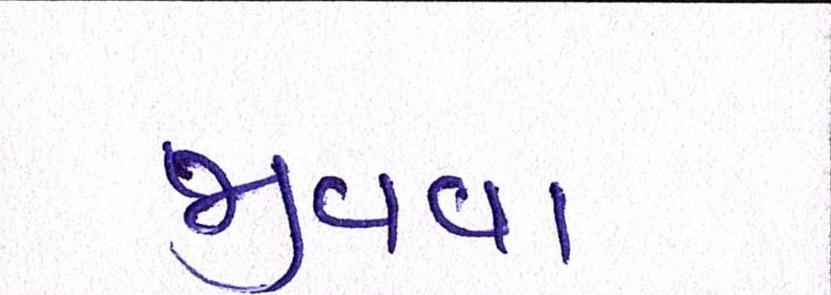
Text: જીવવા